Civil Veterinary Department. Madras. Admin. report 1926-33 - 1926-1933
Year: 1926
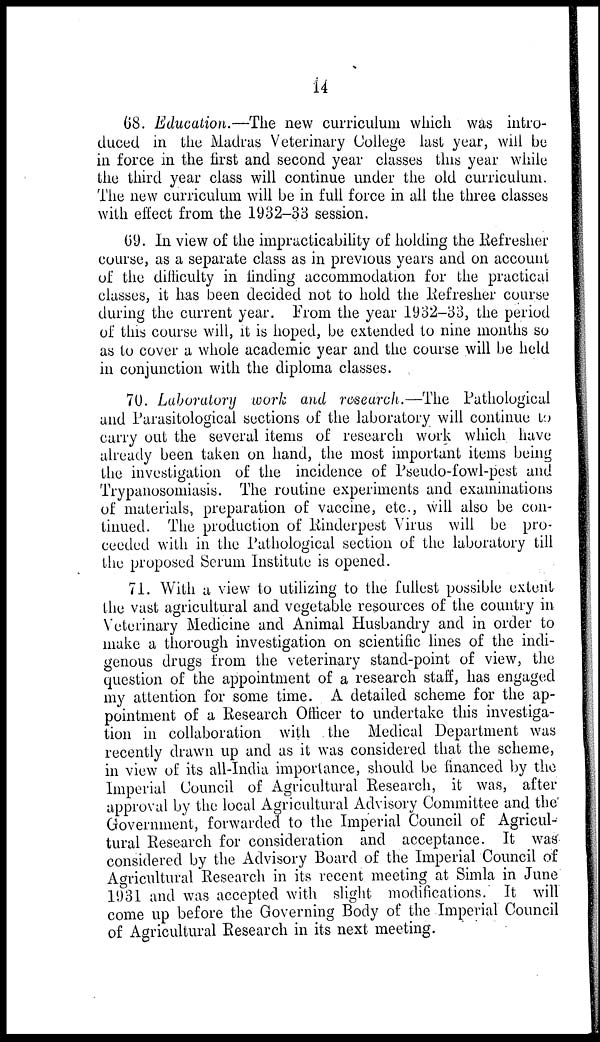
14
68. Education.—The new curriculum which was intro-
duced in the Madras Veterinary College last year, will be
in force in the first and second year classes this year while
the third year class will continue under the old curriculum.
The new curriculum will be in full force in all the three classes
with effect from the 1932-33 session.
69. In view of the impracticability of holding the Refresher
course, as a separate class as in previous years and on account
of the difficulty in finding accommodation for the practical
classes, it has been decided not to hold the Refresher course
during the current year. From the year 1932-33, the period
of this course will, it is hoped, be extended to nine months so
as to cover a whole academic year and the course will be held
in conjunction with the diploma classes.
70. Laboratory work and research.—The Pathological
and Parasitological sections of the laboratory will continue to
carry out the several items of research work which have
already been taken on hand, the most important items being
the investigation of the incidence of Pseudo-fowl-pest and
Trypanosomiasis. The routine experiments and examinations
of materials, preparation of vaccine, etc., will also be con-
tinued. The production of Rinderpest Virus will be pro-
ceeded with in the Pathological section of the laboratory till
the proposed Serum Institute is opened.
71. With a view to utilizing to the fullest possible extent
the vast agricultural and vegetable resources of the country in
Veterinary Medicine and Animal Husbandry and in order to
make a thorough investigation on scientific lines of the indi-
genous drugs from the veterinary stand-point of view, the
question of the appointment of a research staff, has engaged
my attention for some time. A detailed scheme for the ap-
pointment of a Research Officer to undertake this investiga-
tion in collaboration with the Medical Department was
recently drawn up and as it was considered that the scheme,
in view of its all-India importance, should be financed by the
Imperial Council of Agricultural Research, it was, after
approval by the local Agricultural Advisory Committee and the
Government, forwarded to the Imperial Council of Agricul-
tural Research for consideration and acceptance. It was
considered by the Advisory Board of the Imperial Council of
Agricultural Research in its recent meeting at Simla in June
1931 and was accepted with slight modifications. It will
come up before the Governing Body of the Imperial Council
of Agricultural Research in its next meeting.